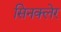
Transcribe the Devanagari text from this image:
सिनक्लेर